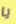
يا